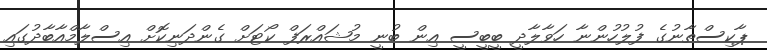
ޕާކިސްތާނުގެ ފުލުހުންނާ ހަވާލާދީ ބީބީސީ އިން ބުނީ މުޝައްރަފް ކޯޓަށް ގެންދަނިކޮށް އިސްލާމްއާބާދުގައި